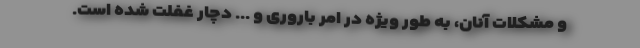
و مشکلات آنان، به طور ویژه در امر باروری و ... دچار غفلت شده است.